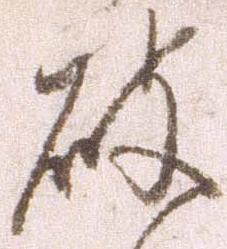
破